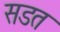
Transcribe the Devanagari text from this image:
सडत